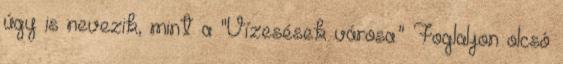
úgy is nevezik, mint a "Vízesések városa." Foglaljon olcsó